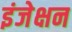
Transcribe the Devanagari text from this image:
इंजेक्षन